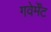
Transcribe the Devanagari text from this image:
गवेर्मेंट